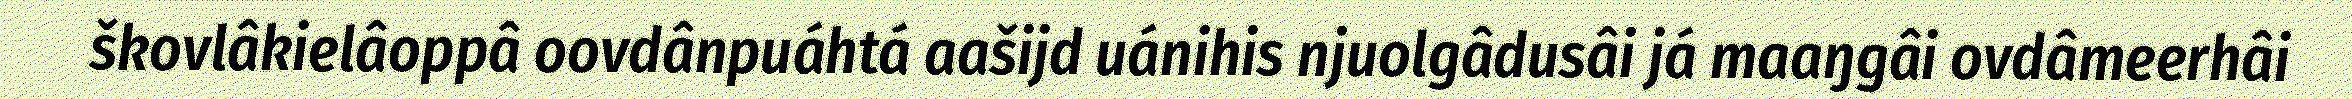
škovlâkielâoppâ oovdânpuáhtá aašijd uánihis njuolgâdusâi já maaŋgâi ovdâmeerhâi